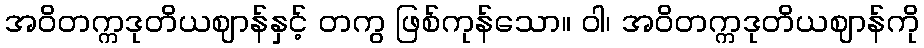
အဝိတက္ကဒုတိယဈာန်နှင့် တကွ ဖြစ်ကုန်သော။ ဝါ၊ အဝိတက္ကဒုတိယဈာန်ကို